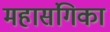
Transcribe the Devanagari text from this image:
महासंगिका